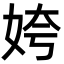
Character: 姱